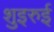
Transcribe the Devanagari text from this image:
शुइरुई